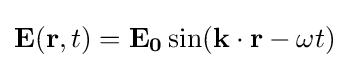
\mathbf {E} (\mathbf {r} ,t)=\mathbf {E_{0}} \sin(\mathbf {k} \cdot \mathbf {r} -\omega t)